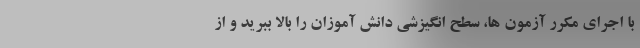
با اجرای مکرر آزمون ها، سطح انگیزشی دانش آموزان را بالا ببرید و از